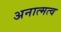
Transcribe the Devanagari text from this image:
अनात्मत्व